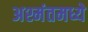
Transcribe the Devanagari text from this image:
अश्मंतमध्ये